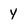
Character: y